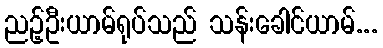
ညဉ့်ဦးယာမ်ရုပ်သည် သန်းခေါင်ယာမ်...